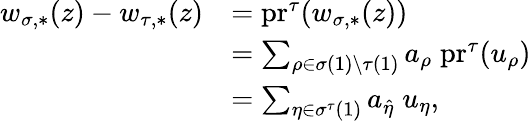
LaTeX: \begin{array}{rl}{w_{\sigma,*}(z)-w_{\tau,*}(z)}&{=\mathrm{pr}^{\tau}(w_{\sigma,*}(z))}\\ &{=\sum_{\rho\in\sigma(1)\setminus\tau(1)}a_{\rho}\; \mathrm{pr}^{\tau}(u_{\rho})}\\ &{=\sum_{\eta\in\sigma^{\tau}(1)}a_{\hat{\eta}}\; u_{\eta},}\end{array}